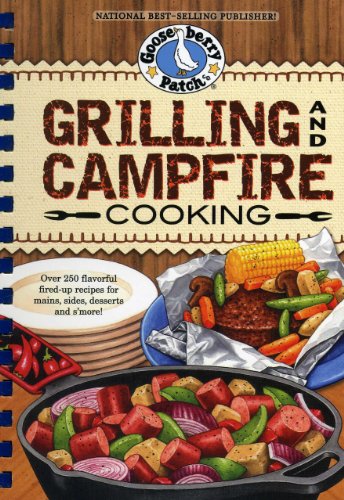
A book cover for Grilling and Campfire Cooking (Everyday Cookbook Collection); Gooseberry Patch; Cookbooks, Food & Wine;